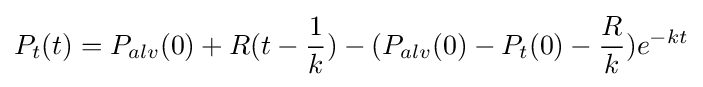
P_{t}(t)=P_{alv}(0)+R(t-{\dfrac {1}{k}})-(P_{alv}(0)-P_{t}(0)-{\dfrac {R}{k}})e^{-kt}